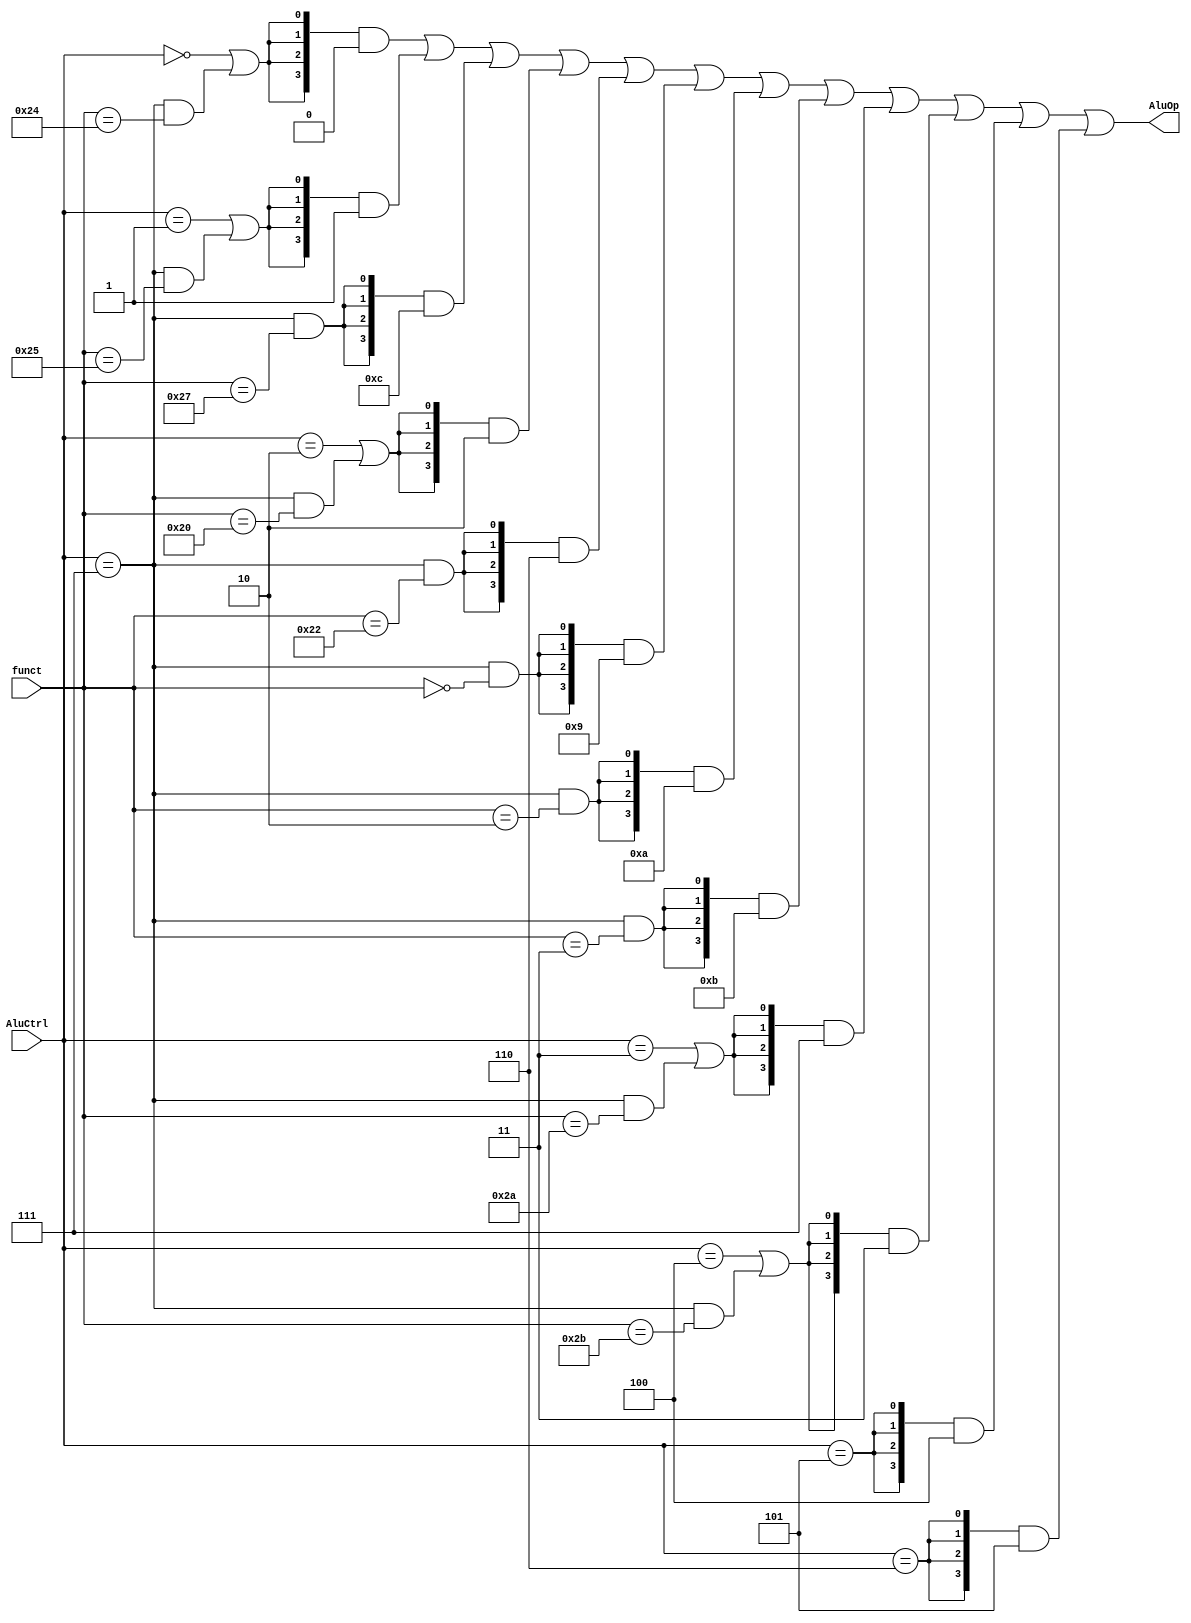
module AluControl(AluCtrl, funct, AluOp);

input wire [2:0] AluCtrl;
input wire [5:0] funct;

output wire [3:0] AluOp;


wire R_format = (AluCtrl == 3'd7);

wire is_add = (AluCtrl == 3'd2) | R_format & (funct == 6'h20);
wire is_sub =  R_format & (funct == 6'h22);

wire is_and = (AluCtrl == 3'd0) | R_format & (funct == 6'h24);
wire is_or = (AluCtrl == 3'd1) | R_format & (funct == 6'h25);
wire is_nor = R_format & (funct == 6'h27);

wire is_sll = R_format & (funct == 6'h0);
wire is_srl = R_format & (funct == 6'h2);
wire is_sra = R_format & (funct == 6'h3);

wire is_slt = (AluCtrl == 3'd3) | R_format & (funct == 6'h2a);
wire is_sltu = (AluCtrl == 3'd4) | R_format & (funct == 6'h2b);

wire is_beq = (AluCtrl == 3'd5); 
wire is_bne = (AluCtrl == 3'd6);


assign AluOp =  {4{is_and}} & 4'b0000 |
						{4{is_or}} & 4'b0001 |
						{4{is_nor}} & 4'b1100 |
						
						{4{is_add}} & 4'b0010 |
						{4{is_sub}} & 4'b0110 |
						
						{4{is_sll}} & 4'b1001 |						
						{4{is_srl}} & 4'b1010 |
						{4{is_sra}} & 4'b1011 |
						
						{4{is_slt}} & 4'b0111 |
						{4{is_sltu}} & 4'b0011 |
						
						{4{is_beq}} & 4'b0100 |
						{4{is_bne}} & 4'b0101 ;
						


endmodule